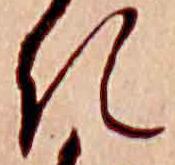
き